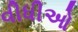
વીધીઓ